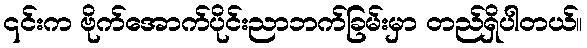
၎င်းက ဗိုက်အောက်ပိုင်းညာဘက်ခြမ်းမှာ တည်ရှိပါတယ်။